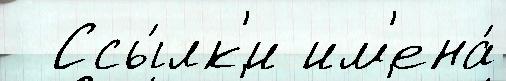
  Ссы́лк'и им'ена́